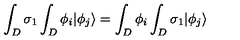
\int _ { D } \sigma _ { 1 } \int _ { D } \phi _ { i } | \phi _ { j } \rangle = \int _ { D } \phi _ { i } \int _ { D } \sigma _ { 1 } | \phi _ { j } \rangle \,